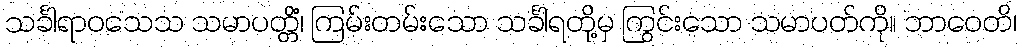
သင်္ခါရာဝသေသ သမာပတ္တိံ၊ ကြမ်းတမ်းသော သင်္ခါရတို့မှ ကြွင်းသော သမာပတ်ကို။ ဘာဝေတိ၊